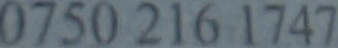
0750 216 1747